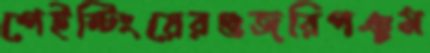
পেইন্টিংয়েরগুজরিপঞ্চম